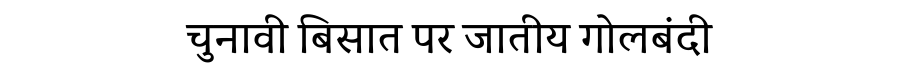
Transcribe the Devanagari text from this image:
चुनावी बिसात पर जातीय गोलबंदी